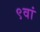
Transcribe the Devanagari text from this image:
९वां